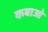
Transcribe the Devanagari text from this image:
कबाओ